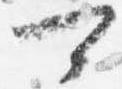
可